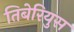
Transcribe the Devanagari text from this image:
तिबेरियुस